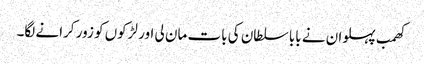
کھمب پہلوان نے بابا سلطان کی بات مان لی اور لڑکوں کو زور کرانے لگا۔